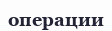
операции